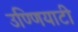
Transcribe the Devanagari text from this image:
उण्णियाटी